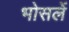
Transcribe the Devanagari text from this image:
भोसलें